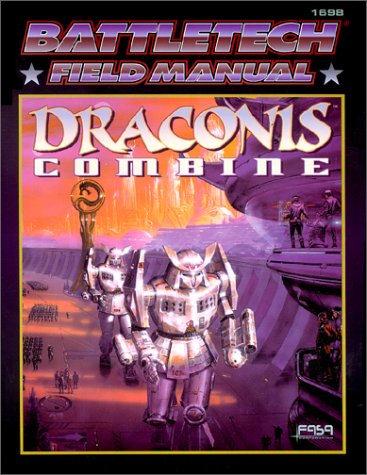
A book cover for Battletech Field Manual: Draconis Combine; FASA Corporation; Science Fiction & Fantasy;